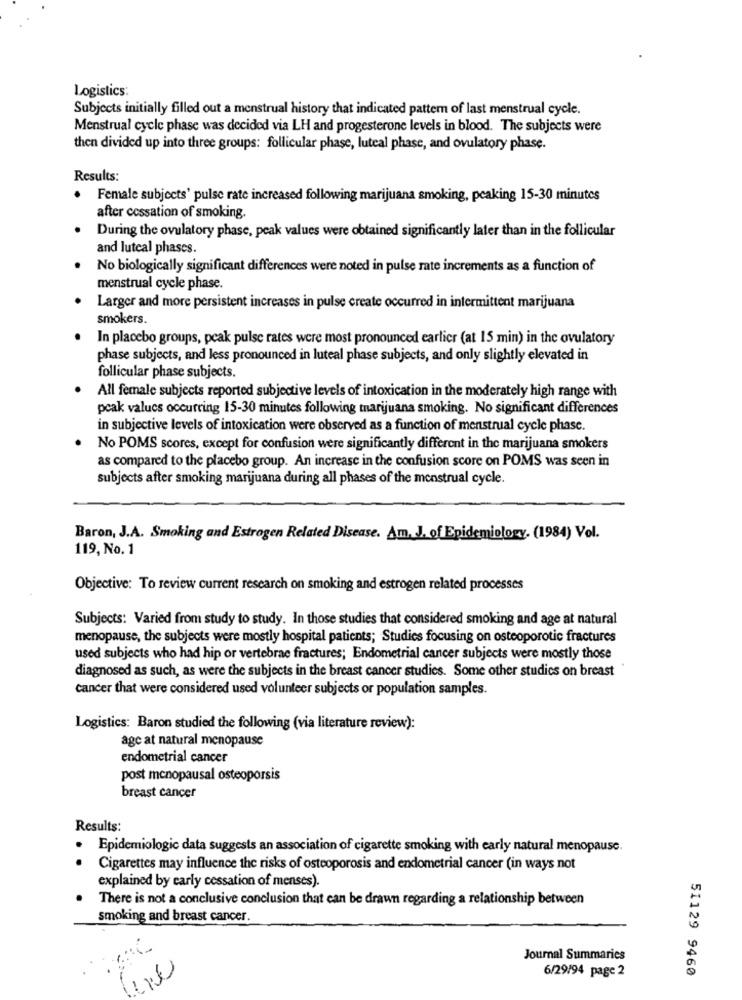
Logistics:
Subjects initially filled out a menstrual history that indicated pattern of last menstrual cycle.
Menstrual cycle phase was decided via LH and progesterone levels in blood. The subjects were
then divided up into three groups: follicular phase, luteal phase, and ovulatory phase.
Results:
.
Female subjects' pulse rate increased following marijuana smoking, peaking 15-30 minutes
after cessation of smoking.
During the ovulatory phase, peak values were obtained significantly later than in the follicular
and luteal phases.
No biologically significant differences were noted in pulse rate increments as a function of
menstrual cycle phase.
Larger and more persistent increases in pulse create occurred in intermittent marijuana
smokers.
In placebo groups, peak pulse rates were most pronounced earlier (at 15 min) in the ovulatory
phase subjects, and less pronounced in luteal phase subjects, and only slightly elevated in
follicular phase subjects.
All female subjects reported subjective levels of intoxication in the moderately high range with
peak valucs occurring 15-30 minutes following marijuana smoking. No significant differences
in subjective levels of intoxication were observed as a function of menstrual cycle phase.
No POMS scores, except for confusion were significantly different in the marijuana smokers
as compared to the placebo group. An increase in the confusion score on POMS was seen in
subjects after smoking marijuana during all phases of the menstrual cycle.
Baron, J.A. Smoking and Estrogen Related Disease. Am. J. of Epidemiology. (1984) Vol.
119, No. 1
Objective: To review current research on smoking and estrogen related processes
Subjects: Varied from study to study. In those studies that considered smoking and age at natural
menopause, the subjects were mostly hospital patients; Studies focusing on osteoporotic fractures
used subjects who had hip or vertebrae fractures; Endometrial cancer subjects were mostly those
diagnosed as such, as were the subjects in the breast cancer studies. Some other studies on breast
cancer that were considered used volunteer subjects or population samples.
Logistics: Baron studied the following (via literature review):
age at natural menopause
endometrial cancer
post menopausal osteoporsis
breast cancer
Results:
Epidemiologic data suggests an association of cigarette smoking with early natural menopause.
Cigarettes may influence the risks of osteoporosis and endometrial cancer (in ways not
explained by carly cessation of menses).
There is not a conclusive conclusion that can be drawn regarding a relationship between
smoking and breast cancer.
Journal Summaries
6/29/94 page 2
51129 9460